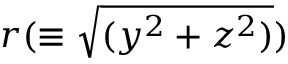
r ( \equiv \sqrt { ( y ^ { 2 } + z ^ { 2 } ) } )